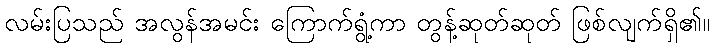
လမ်းပြသည် အလွန်အမင်း ကြောက်ရွံ့ကာ တွန့်ဆုတ်ဆုတ် ဖြစ်လျက်ရှိ၏။